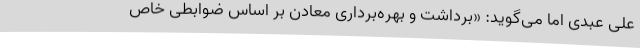
علی عبدی اما می‌گوید: «برداشت و بهره‌برداری معادن بر اساس ضوابطی خاص